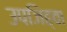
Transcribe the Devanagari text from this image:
उपजिह्वा